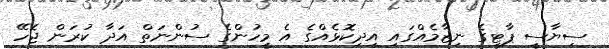
ސިޔާސީ ޕާޓީގެ ނިޒާމެއްގައި އިދިކޮޅެއްގެ އެ މީހުންގެ ސުންނަތް އަދާ ކުރަން ޖެހޭ